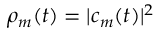
\rho _ { m } ( t ) = | c _ { m } ( t ) | ^ { 2 }